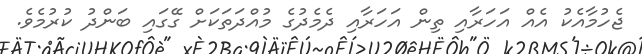
ޖެހުމާއެކު އެއް އަހަރާއި ތިން އަހަރާއި ދެމެދުގެ މުއްދަތަކަށް ގޭގައި ބަންދު ކުރުމެވެ.